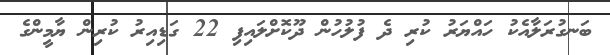
ބަނގުރަލާއެކު ހައްޔަރު ކުރި ދެ ފުލުހުން ދޫކޮށްލައިފި 22 ގަޑިއިރު ކުރިން ޔާމީންގެ